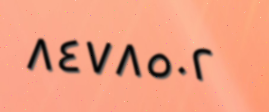
٨٤٧٨٥٠٢